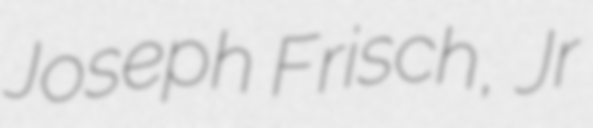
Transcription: Joseph Frisch, Jr